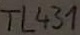
Text: TL431